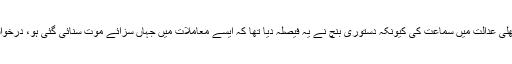
عبدالرزاق میمن کی درخواست نظرثانی کی 3 ججس پر مشتمل بنچ نے کھلی عدالت میں سماعت کی کیونکہ دستوری بنچ نے یہ فیصلہ دیا تھا کہ ایسے معاملات میں جہاں سزائے موت سنائی گئی ہو، درخواست نظرثانی پر چیمبرس میں سماعت کی روایت کو ختم کیا جانا چاہئے۔